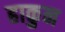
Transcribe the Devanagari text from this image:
हाकुन